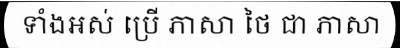
ទាំងអស់ ប្រើ ភាសា ថៃ ជា ភាសា